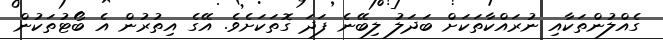
ގެއްލުންތަކާއި ނުރައްކާތަކަށް ބަދަލު ލިބޭނެ ފަދަ ގޮތަކަށެވެ. އޭގެ އިތުރުން އެ ބޯޓުތަކުން